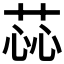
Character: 𫈝